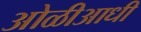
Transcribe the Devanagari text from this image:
ओळीआधी